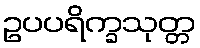
ဥပပရိက္ခသုတ္တ